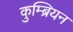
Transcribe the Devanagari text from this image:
कुम्ब्रियन